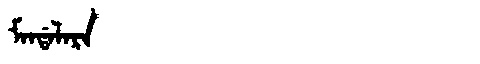
Manchu: ᠮᠠᠨᡩᠠᠯᠠᡵᠠ
Romanization: MANDALARA